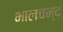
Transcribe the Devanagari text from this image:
भालचन्द